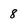
Character: 8